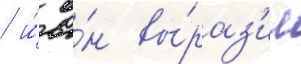
/ и́ о́н вы́раз'ил